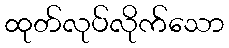
ထုတ်လုပ်လိုက်သော